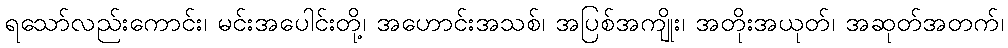
ရသော်လည်းကောင်း၊ မင်းအပေါင်းတို့၊ အဟောင်းအသစ်၊ အပြစ်အကျိုး၊ အတိုးအယုတ်၊ အဆုတ်အတက်၊